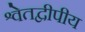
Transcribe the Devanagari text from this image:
श्वेतद्वीपीय